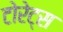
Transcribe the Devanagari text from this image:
टोरेट्स